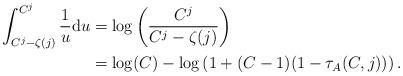
LaTeX: \begin{align*}\begin{aligned}\int_{C^j-\zeta(j)}^{C^j} \frac{1}{u}\mathrm{d}u & = \log\left(\frac{C^j}{C^j-\zeta(j)}\right) \\& = \log(C) - \log\left( 1 + (C-1) (1 - \tau_A(C,j)) \right).\end{aligned}\end{align*}